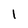
Character: 1